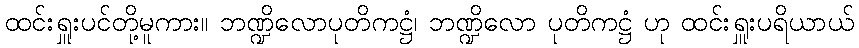
ထင်းရှူးပင်တို့မူကား။ ဘဏ္ဍိလောပုတိကဋ္ဌံ၊ ဘဏ္ဍိလော ပုတိကဋ္ဌံ ဟု ထင်းရှူးပရိယာယ်